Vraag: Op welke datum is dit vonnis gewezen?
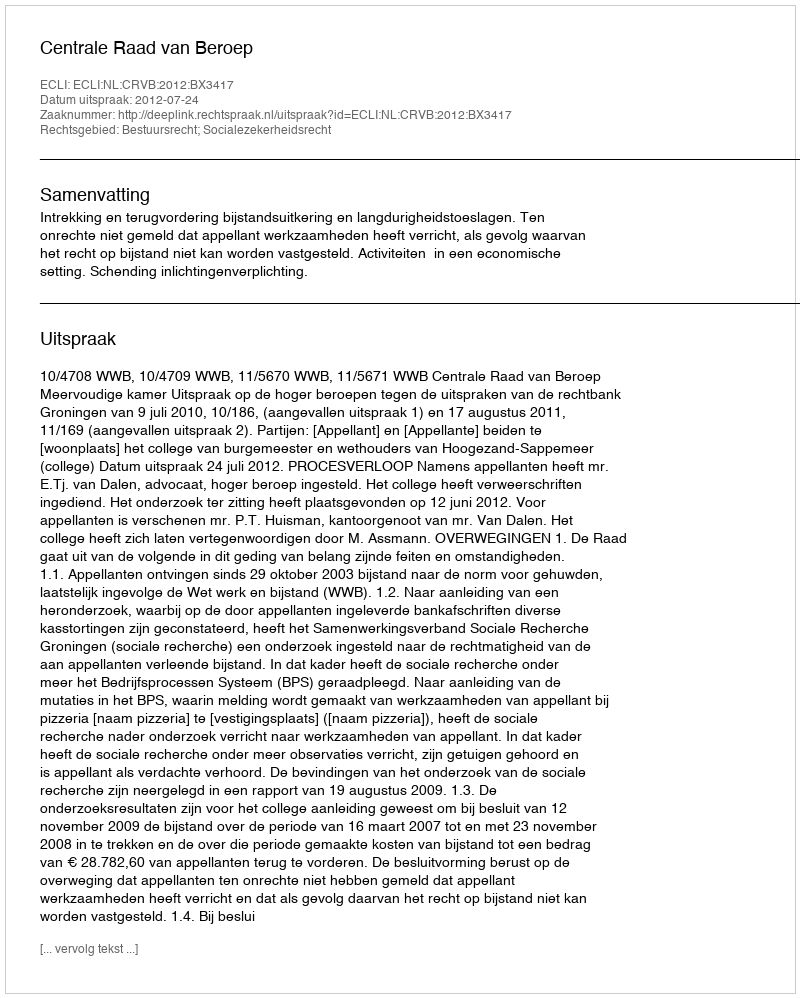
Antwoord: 2012-07-24